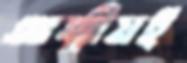
আত্মীয়ই